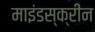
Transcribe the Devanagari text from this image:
माइंडस्क्रीन